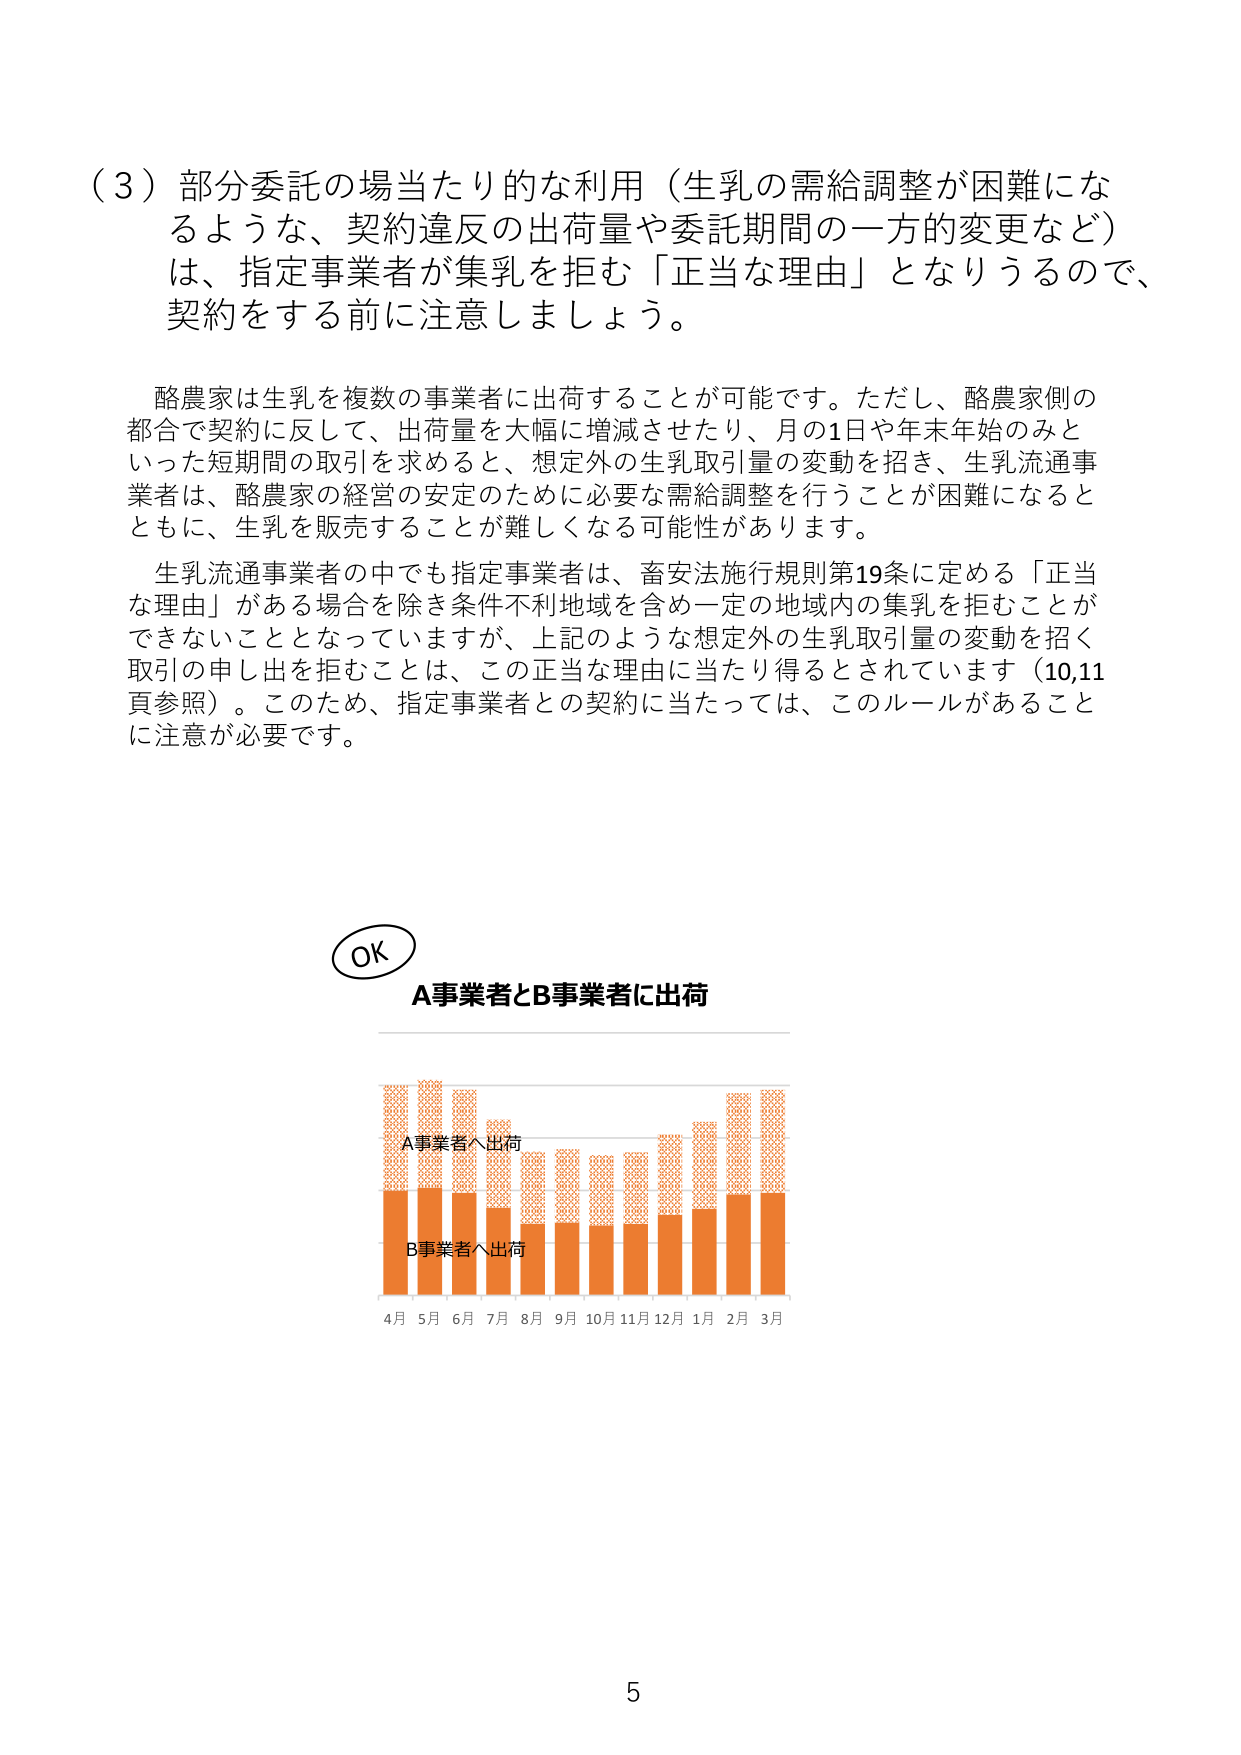
（3）部分委託の場当たり的な利用（生乳の需給調整が困難になるような、契約違反の出荷量や委託期間の一方的変更など）は、指定事業者が集乳を拒む「正当な理由」となりうるので、契約をする前に注意しましょう。

酪農家は生乳を複数の事業者に出荷することが可能です。ただし、酪農家側の都合で契約に反して、出荷量を大幅に増減させたり、月の1日や年末年始のみといった短期間の取引を求めると、想定外の生乳取引量の変動を招き、生乳流通事業者は、酪農家の経営の安定のために必要な需給調整を行うことが困難になるとともに、生乳を販売することが難しくなる可能性があります。

生乳流通事業者の中でも指定事業者は、畜安法施行規則第19条に定める「正当な理由」がある場合を除き条件不利地域を含め一定の地域内の集乳を拒むことができないこととなっていますが、上記のような想定外の生乳取引量の変動を招く取引の申し出を拒むことは、この正当な理由に当たり得るとされています（10,11頁参照）。このため、指定事業者との契約に当たっては、このルールがあることに注意が必要です。

OK
A事業者とB事業者に出荷

A事業者へ出荷
B事業者へ出荷
4月 5月 6月 7月 8月 9月 10月 11月 12月 1月 2月 3月

5